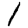
Digit: 1